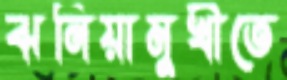
ঝনিয়ামুখীতে